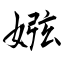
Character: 娹